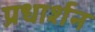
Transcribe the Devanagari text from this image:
प्रधार्शन